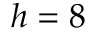
h = 8